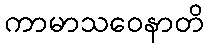
ကာမာသဝေနာတိ